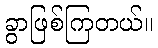
ခွာဖြစ်ကြတယ်။